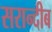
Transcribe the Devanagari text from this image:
सरान्दीब